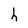
Character: h